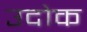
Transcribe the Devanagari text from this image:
उदोक